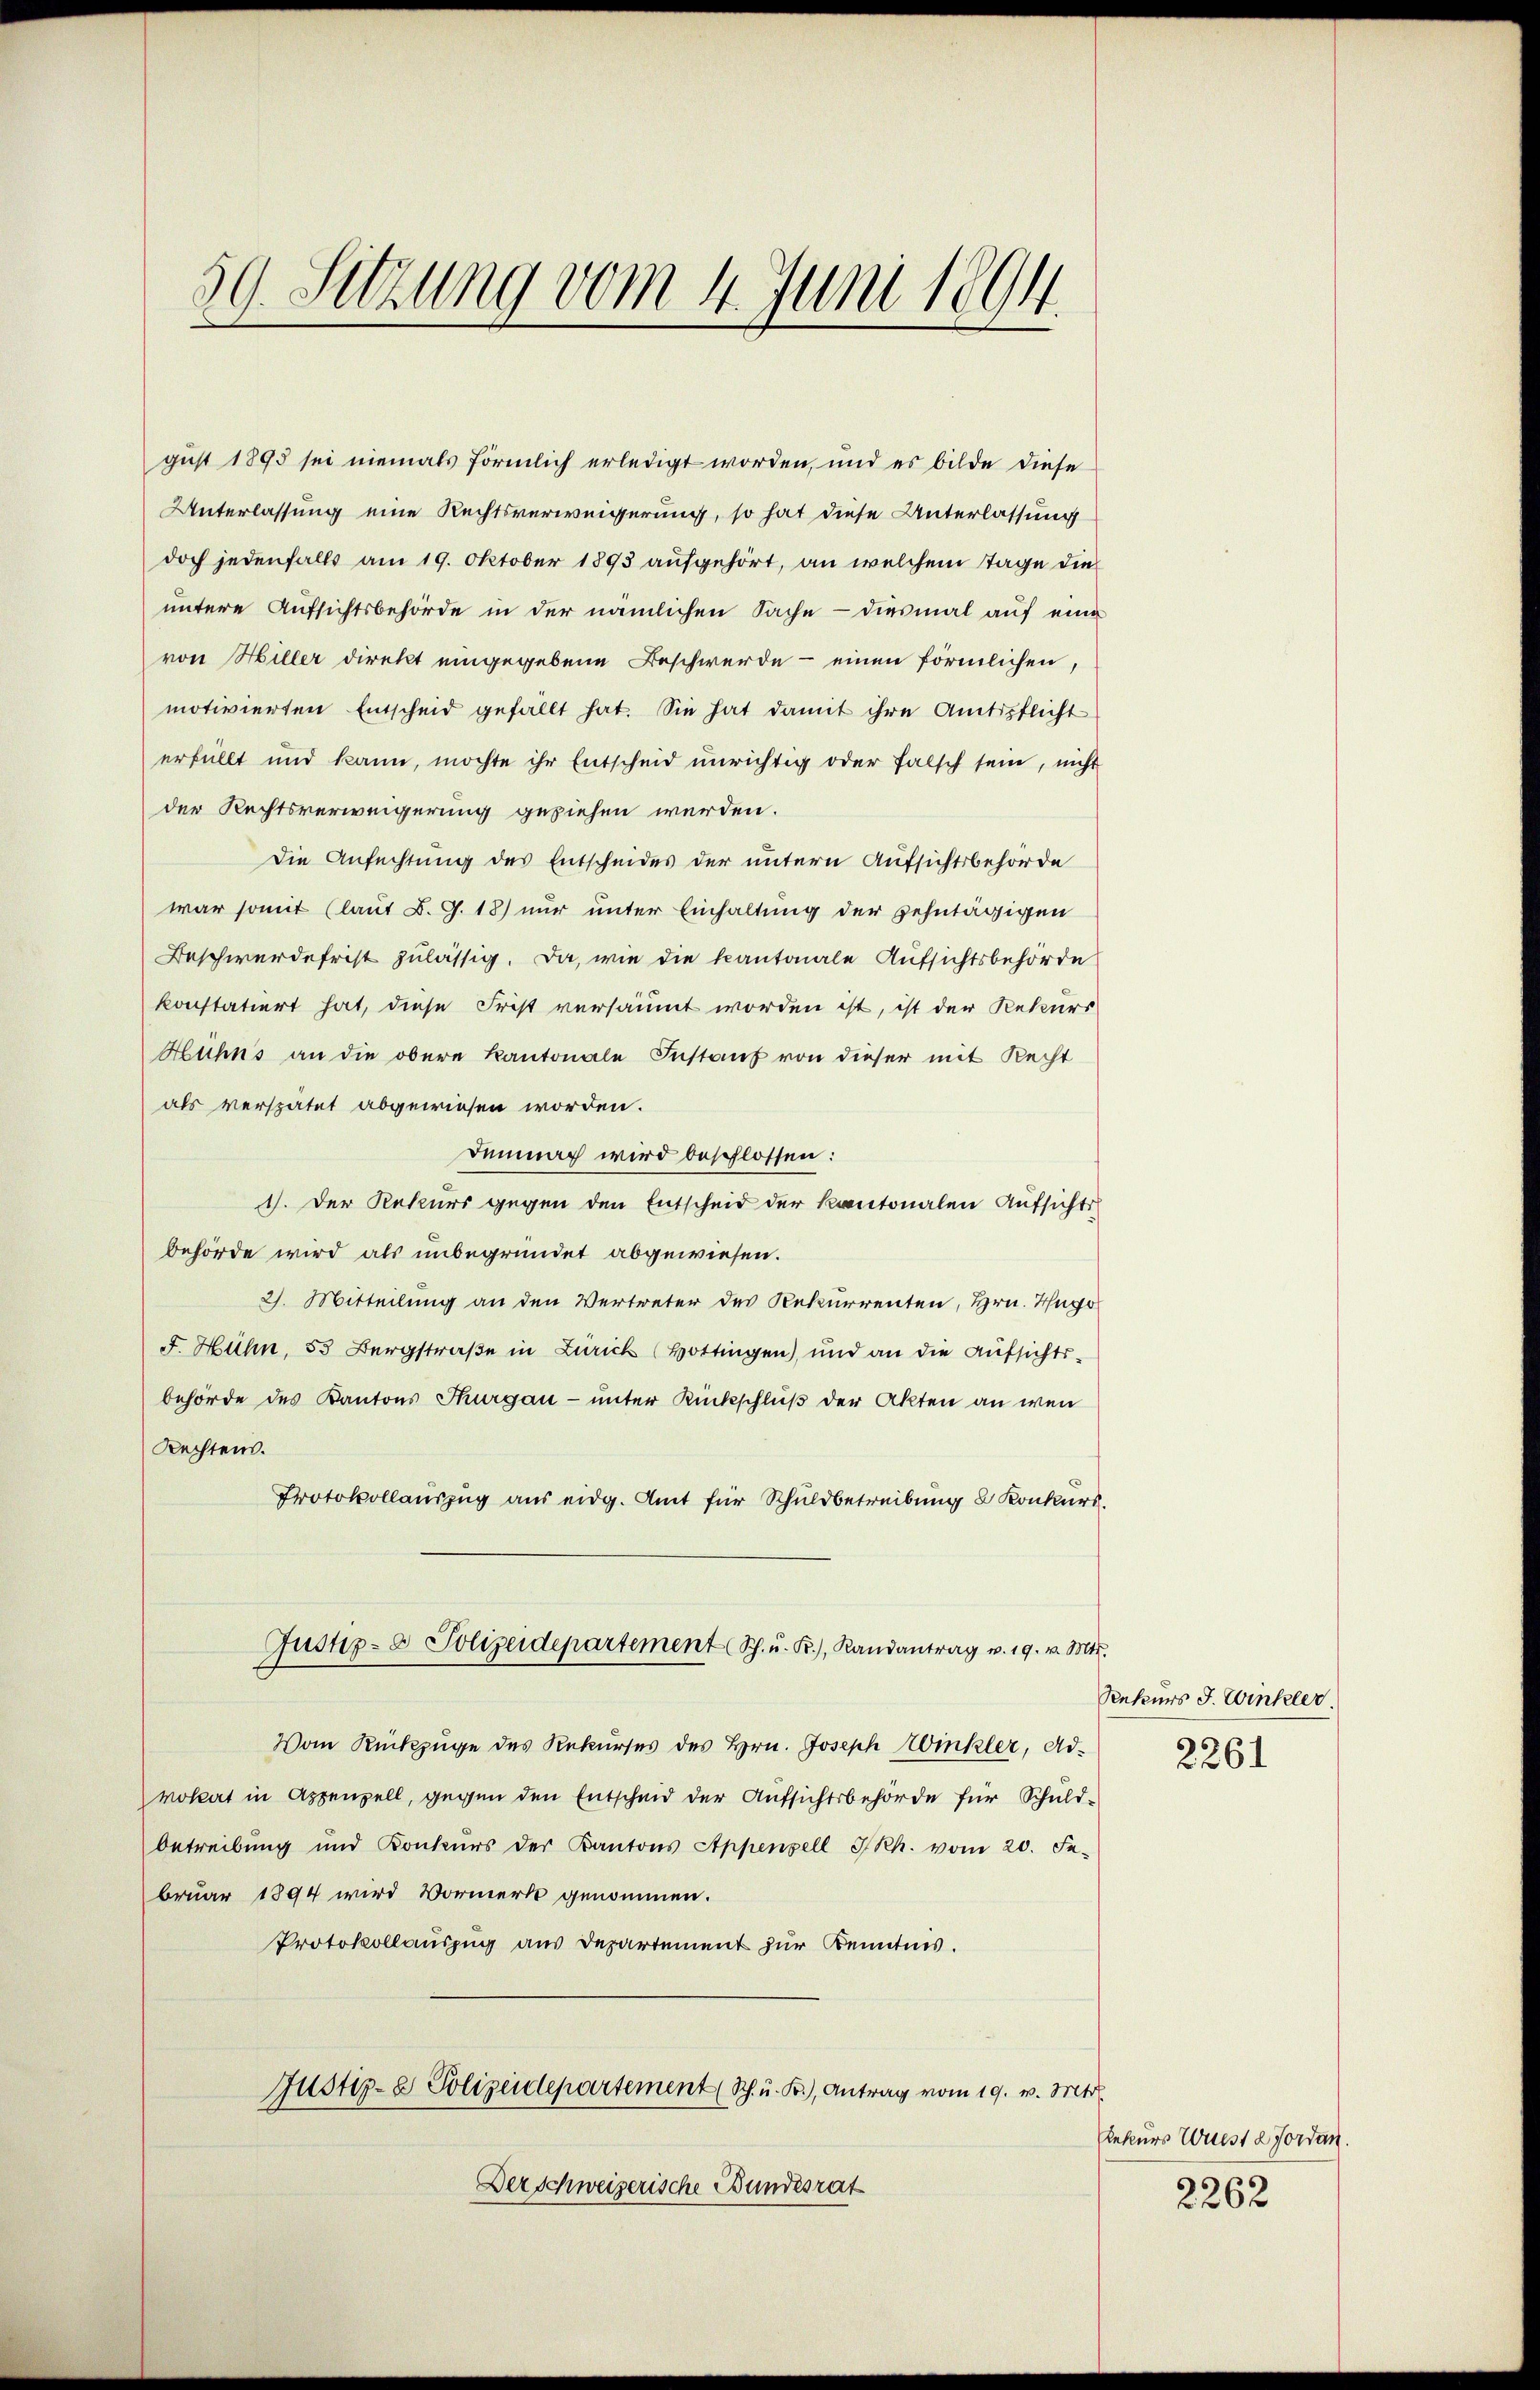
59. Sitzung vom 4. Juni 1894.

gust 1895 sei niemals förmlich erledigt worden, und es bilde diese
Unterlassung eine Rechtsverweigerung, so hat diese Unterlassung
doch jedenfalls am 19. Oktober 1893 aufgehört, an welchem Tage die
untere Aufsichtsbehörde in der nämlichen Sache - diesmal auf eine
von Hiller direkt eingegebene Beschwerde - einen förmlichen,
motivierten Entscheid gefällt hat. Sie hat damit ihre Amtspflicht
erfüllt und kann, möchte ihr Entscheid unrichtig oder falsch sein, nicht
der Rechtsverweigerung geziehen werden.
Die Anfechtung des Entscheides der untern Aufsichtsbehörde
war somit (laut B. G. 18) nur unter Einhaltung der zehntägigen
Beschwerdefrist zulässig. Da, wie die kantonale Aufsichtsbehörde
konstatiert hat, diese Frist versäumt worden ist, ist der Rekurs
Huhns an die obere Kantonale Instanz von dieser mit Recht
als verspätet abgewiesen worden.
Demnach wird beschlossen:
1). Der Rekurs gegen den Entscheid der Kantonalen Aufsichts
behörde wird als unbegründet abgewiesen.
2. Mitteilung an den Vertreter der Rekurrenten, Hrn. Hugo
F. Hühn, 55 Bergstraße in Zürich (Hottingen), und an die Aufsichtsbehörde des Kantons Thurgau - unter Rückschluß der Akten an wen
Rechten.
Protokollauszug aus eidg. Amt für Schuldbetreibung 8 Konkurs¬
Justiz- & Polizeidepartement Sch. u. R., Randantrag u. 19. v. Mts.
Vom Rückzuge des Rekurses des Hrn. Joseph Winkler, Advokat in Appenzell, gegen den Entscheid der Aufsichtsbehörde für Schuld-
betreibung und Konkurs der Kantons Appenzell I/Rh. vom 20. Fe
bruar 1894 wird Vormerk genommen.
Protokollauszug aus Departement zur Kenntnis.
Justiz- & Polizeidepartement (Sch. u. Kr., Antrag vom 19. v. Mts.
Derschweizerische Bundesrat

Rekurs J. Winkler.
2261

Rekurs Wurst d. Forden.
2262